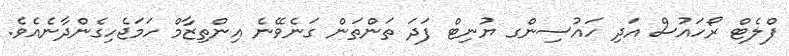
ފްލެޓް ރޯހައުސް އަދި ހައުސިންގ ޔުނިޓް ފަދަ ތަންތަން ގަނެވޭނެ އިންތިޒާމް ހަމަޖެހިގެންދާނެއެވެ.